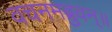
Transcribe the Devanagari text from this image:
वचनमब्रुवन्॥